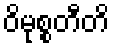
ဝိမုစ္စတီတိ